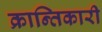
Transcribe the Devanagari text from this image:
क्रान्‍तिकारी